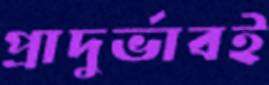
প্রাদুর্ভাবই